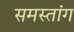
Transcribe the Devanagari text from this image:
समस्तांग